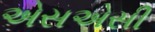
એસએસી